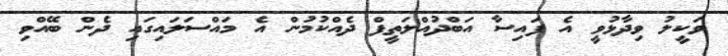
ވަކީލު ވިދާޅުވީ އެ ފައިސާ އަބްދުއްލަތީފް ދެއްކުމުން އެ މައްސަލައިގައި ދެން ބޭއްވި